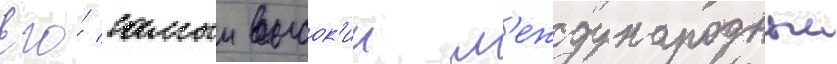
Его́ самыи высок'ии м'еждународныи